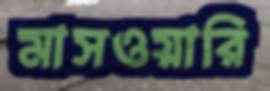
মাসওয়ারি